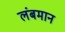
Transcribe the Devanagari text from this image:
लंबमान